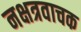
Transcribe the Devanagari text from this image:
नक्षत्रवाचक